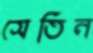
সেতিন